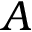
A